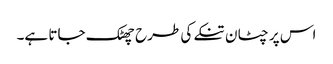
اس پر چٹان تنکے کی طرح چھٹک جاتا ہے۔